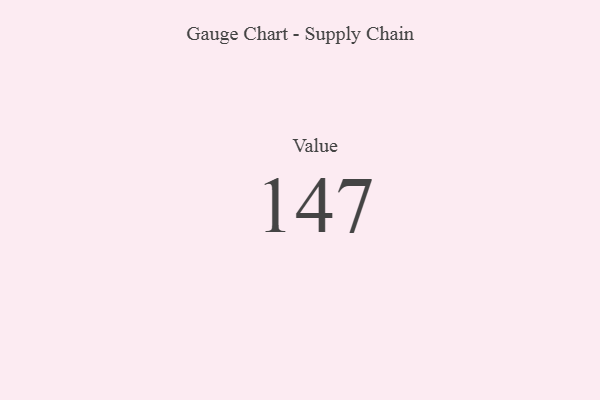
{"axis": {"x": "Metric", "y": "Value"}, "legend": [""], "data": [{"x": "Value", "y": 147, "type": ""}]}